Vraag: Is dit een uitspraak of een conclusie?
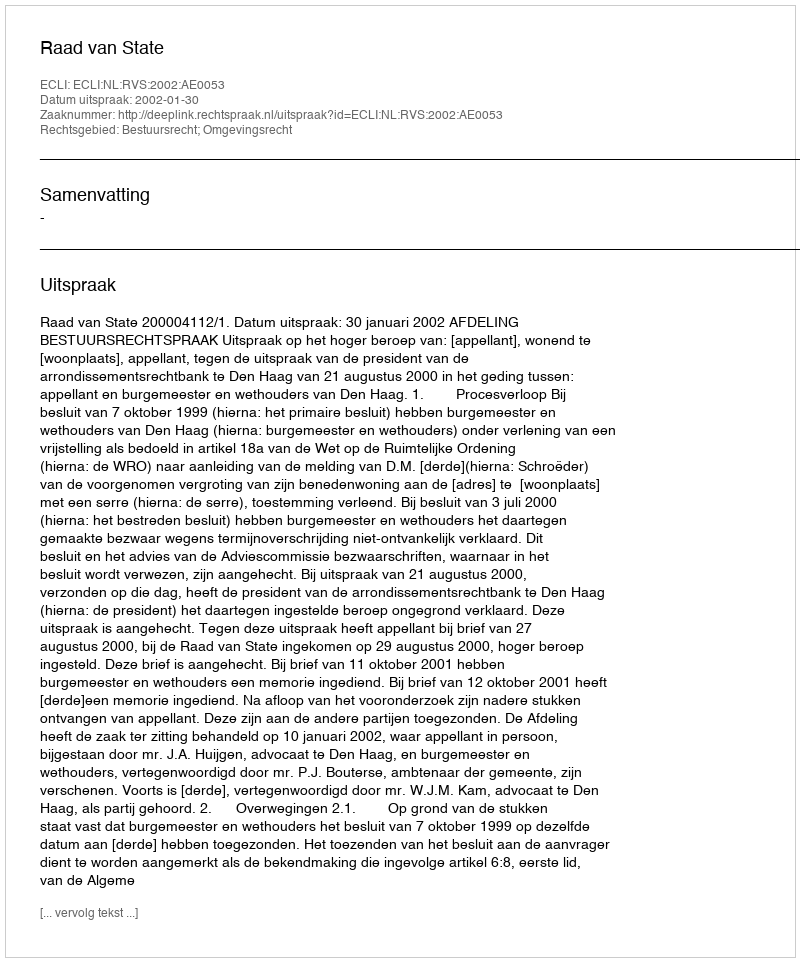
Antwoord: Uitspraak